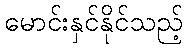
မောင်းနှင်နိုင်သည့်